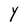
Character: Y